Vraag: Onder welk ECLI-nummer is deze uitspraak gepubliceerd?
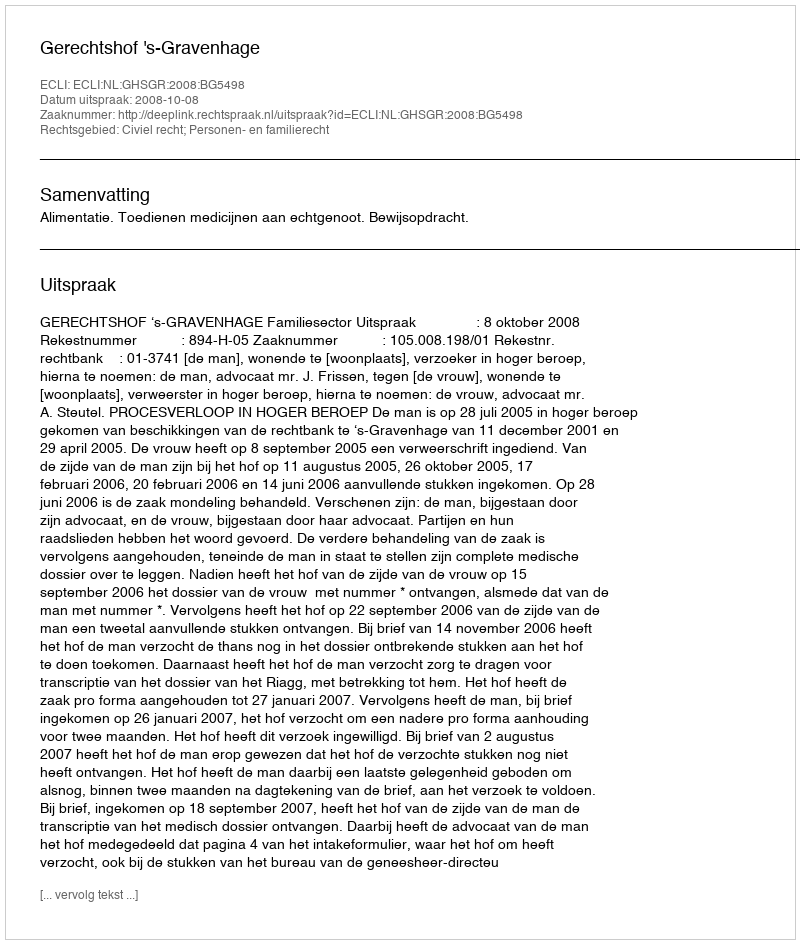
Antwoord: ECLI:NL:GHSGR:2008:BG5498